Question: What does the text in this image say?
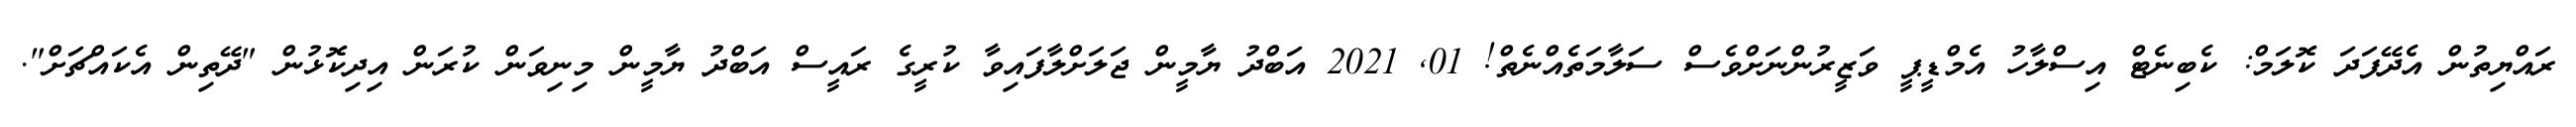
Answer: ރައްޔިތުން އެދޭފަދަ ކޮލަމް: ކެބިނެޓް އިސްލާހު އެމްޑީޕީ ވަޒީރުންނަށްވެސް ސަލާމަތެއްނެތް! 01, 2021 އަބްދު ޔާމީން ޖަލަށްލާފައިވާ ކުރީގެ ރައީސް އަބްދު ޔާމީން މިނިވަން ކުރަން އިދިކޮޅުން "ދޭތިން އެކައްޗަށް".